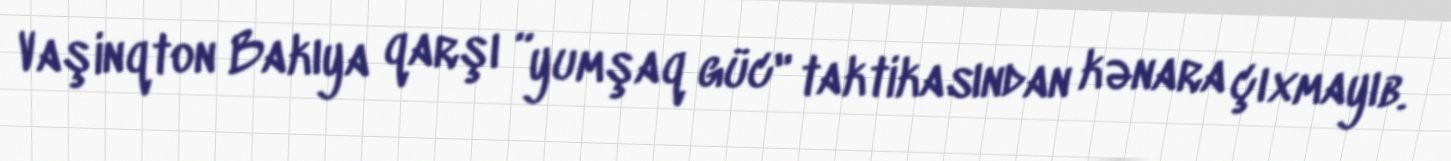
Vaşinqton Bakıya qarşı ”yumşaq güc" taktikasından kənara çıxmayıb.